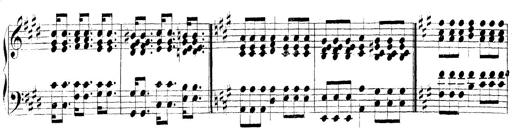
Title: Technische Studien
Composer: Franz Liszt